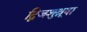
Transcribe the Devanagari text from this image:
द्विजशुश्रूषा